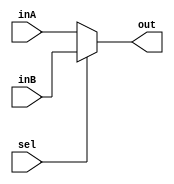
`timescale 1ns / 1ps

////////////////////////////////////////////////////////////////////////////////
// ECE369 - Computer Architecture
// 
// Module - Mux32Bit2To1.v
// Description - Performs signal multiplexing between 2 32-Bit words.
////////////////////////////////////////////////////////////////////////////////

module Mux5Bit2To1(out, inA, inB, sel);

    output reg [4:0] out;
    
    input [4:0] inA;
    input [4:0] inB;
    input sel;

    /* Fill in the implementation here ... */ 
    always @ (inA, inB, sel)
        begin
            if (sel == 0)
             out <= inA;
           
             else 
             out <= inB;
            
    end

endmodule